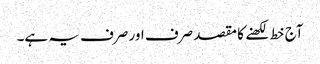
آج خط لکھنے کا مقصد صرف اور صرف یہ ہے۔